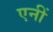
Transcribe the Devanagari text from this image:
एनीं